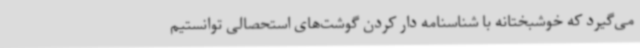
می‌گیرد که خوشبختانه با شناسنامه دار کردن گوشت‌های استحصالی توانستیم